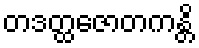
တဒတ္ထဇောတကန္တိ